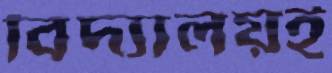
বিদ্যালয়ই